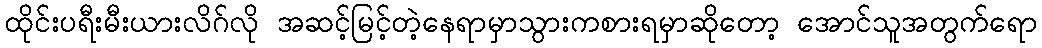
ထိုင်းပရီးမီးယားလိဂ်လို အဆင့်မြင့်တဲ့နေရာမှာသွားကစားရမှာဆိုတော့ အောင်သူအတွက်ရော